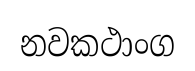
නවකථාංග